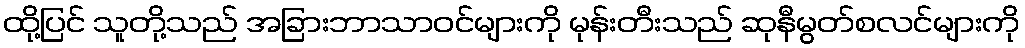
ထို့ပြင် သူတို့သည် အခြားဘာသာဝင်များကို မုန်းတီးသည် ဆုနီမွတ်စလင်များကို